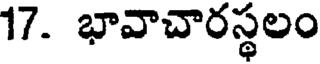
17. భావాచారస్థలం